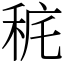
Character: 䅊